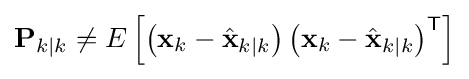
\mathbf {P} _{k\mid k}\neq E\left[\left(\mathbf {x} _{k}-{\hat {\mathbf {x} }}_{k\mid k}\right)\left(\mathbf {x} _{k}-{\hat {\mathbf {x} }}_{k\mid k}\right)^{\textsf {T}}\right]